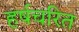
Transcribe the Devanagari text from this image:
हर्षचरित